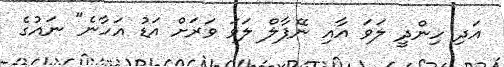
އަދި ހިންދީ ލަވަ އާއި ނޭޕާލް ލަވަ ވަރަށް އަޑު އަހާނެ" ނައުގެ